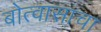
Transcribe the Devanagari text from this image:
बोत्वासाचा